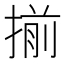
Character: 揃